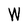
Character: W